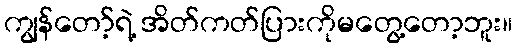
ကျွန်တော့်ရဲ့ အိတ်ကတ်ပြားကိုမတွေ့တော့ဘူး။